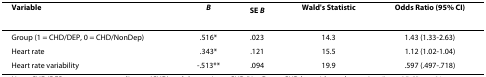
<table><thead><tr><td><b>Variable</b></td><td><b><i>B</i></b></td><td><b>SE <i>B</i></b></td><td><b>Wald&#x27;s Statistic</b></td><td><b>Odds Ratio (95% CI)</b></td></tr></thead><tbody><tr><td>Group (1 = CHD/DEP, 0 = CHD/NonDep)</td><td>.516*</td><td>.023</td><td>14.3</td><td>1.43 (1.33-2.63)</td></tr><tr><td>Heart rate</td><td>.343*</td><td>.121</td><td>15.5</td><td>1.12 (1.02-1.04)</td></tr><tr><td>Heart rate variability</td><td>-.513**</td><td>.094</td><td>19.9</td><td>.597 (.497-.718)</td></tr></tbody></table>